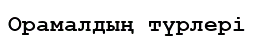
Орамалдың түрлері